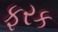
ફરક